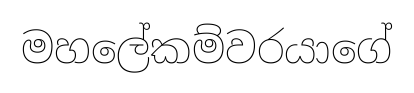
මහලේකම්වරයාගේ